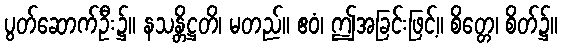
ပွတ်ဆောက်ဦး၌။ နသန္တိဋ္ဌတိ၊ မတည်။ ဧဝံ၊ ဤအခြင်းဖြင့်။ စိတ္တေ၊ စိတ်၌။